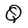
Character: Q